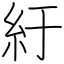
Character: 紆